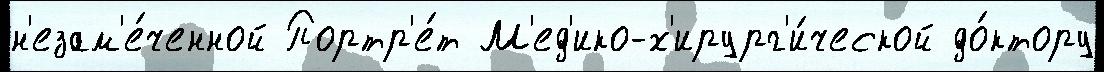
н'езам'е́ченной Портр'е́т М'ед'ико-х'ирург'и́ческой до́ктору